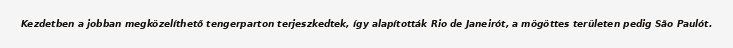
Kezdetben a jobban megközelíthető tengerparton terjeszkedtek, így alapították Rio de Janeirót, a mögöttes területen pedig São Paulót.